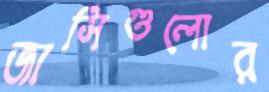
জার্সিগুলোর